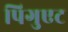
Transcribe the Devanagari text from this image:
पिगुएट